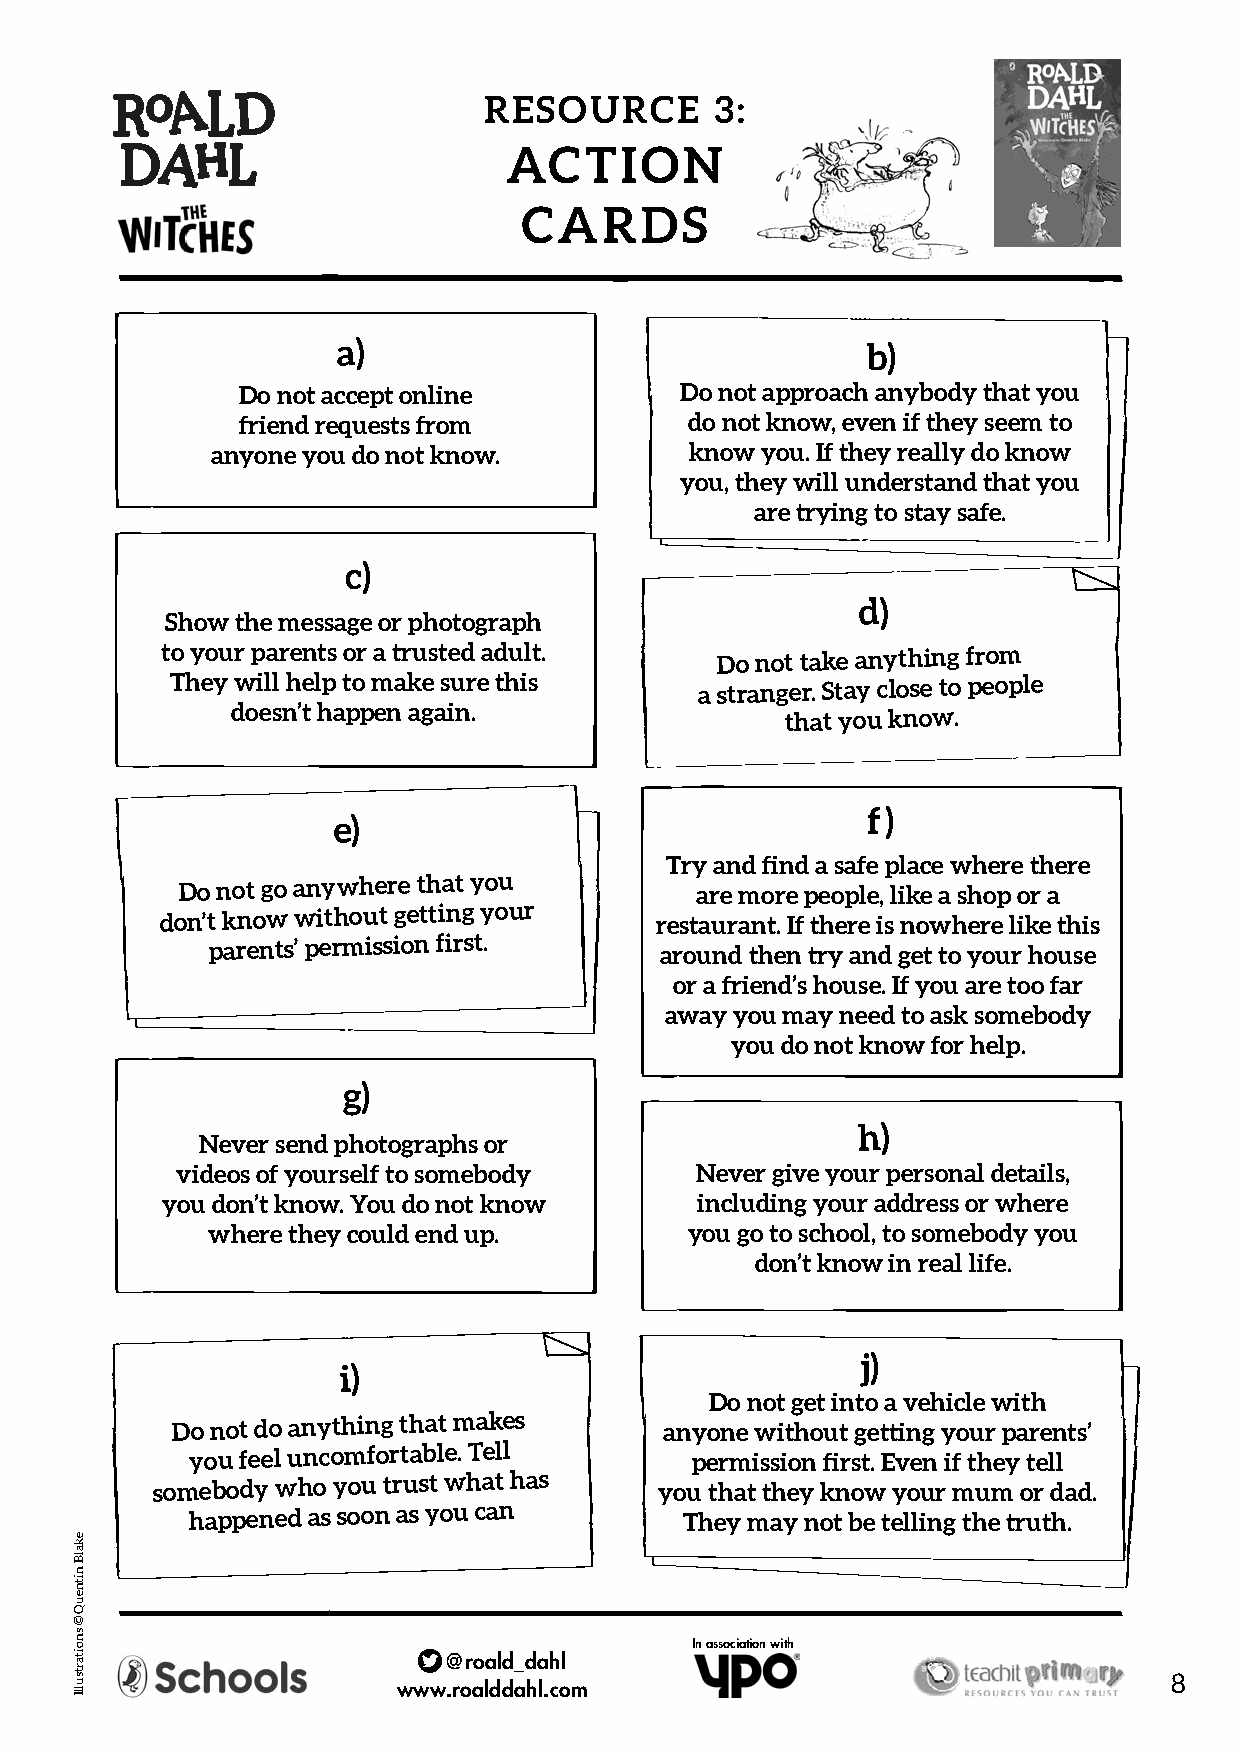
RESOURCE       3:
 ACTION
 CARDS
 a)                                 b)
 Do not accept online         Do not approach anybody that you
 friend requests from          do not know, even if they seem to
 anyone you do not know.         know you. If they really do know
 you, they will understand that you
 are trying to stay safe.
 c)
 d)
 Show the message or photograph
 to your parents or a trusted adult. Do not take anything from
 They will help to make sure this   a stranger. Stay close to people
 doesn’t happen again.                that you know.
 f)
 e)
 Try and find a safe place where there
 Do not go anywhere that you       are more people, like a shop or a
 don’t know without getting your restaurant. If there is nowhere like this
 parents’ permission first.
 around then try and get to your house
 or a friend’s house. If you are too far
 away you may need to ask somebody
 you do not know for help.
 g)
 h)
 Never send photographs or
 videos of yourself to somebody    Never give your personal details,
 you don’t know. You do not know    including your address or where
 where they could end up.        you go to school, to somebody you
 don’t know in real life.
 j)
 i)
 Do not get into a vehicle with
 Do not do anything that makes    anyone without getting your parents’
 you feel
 uncomfortable. Tell
 permission first. Even if they tell
 somebody who you trust what has   you that they know your mum or dad.
 happened as soon as you can      They may not be telling the truth.
 In association with
 @roald_dahl
 8
 www.roalddahl.com
 ekalB
 nitneuQ
 ©
 snoitartsullI